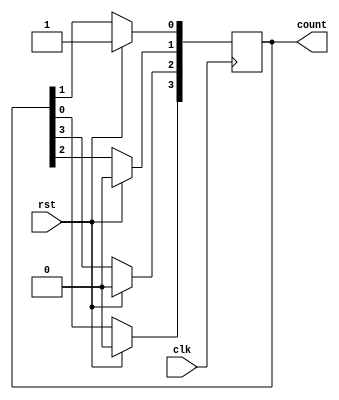
module ring_counter(  clk,
     rst, count );
	 input clk,rst;
	 output reg [3:0] count;
	 integer i;
	 
  always@(posedge clk)
   begin
     if(rst)
       count <= 4'b0001;
     else 
       begin
	    count[3] <= count[0];
	    for(i=0; i<3; i=i+1)
		 count[i] = count[i+1];
	   end	 
    end
 endmodule